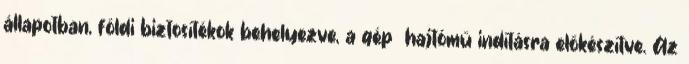
állapotban, földi biztosítékok behelyezve, a gép hajtómű indításra előkészítve. Az